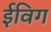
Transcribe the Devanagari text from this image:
ईविग